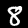
Label: 8